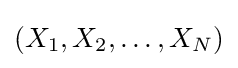
(X_{1},X_{2},\dots ,X_{N})